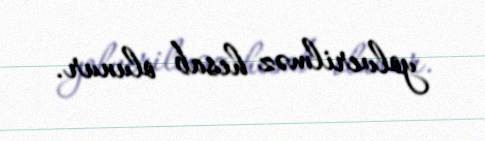
yolverilməz hesab olunur.